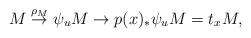
LaTeX: \begin{align*}M\overset{\rho_M}\to \psi_u M\to p(x)_\ast \psi_u M=t_x M,\end{align*}